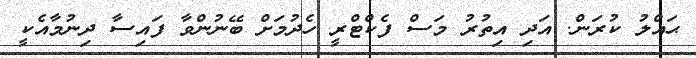
ޙައްލު ކުރަން. އަދި އިތުރު މަސް ފެކްޓްރީ ހެދުމަށް ބޭނުންވާ ފައިސާ ދިނުމާއެކީ